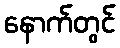
နောက်တွင်